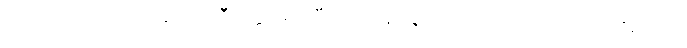
သဘောထားသလဲ ဆိုတာ ဒီဝတ္ထု ဖတ်ပြီးရင် နားလည် သဘောပေါက်လာပါလိမ့်မယ်။